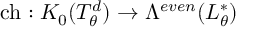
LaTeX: \mathrm { c h } : K _ { 0 } ( T _ { \theta } ^ { d } ) \to \Lambda ^ { e v e n } ( L _ { \theta } ^ { * } )